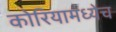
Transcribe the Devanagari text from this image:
कोरियामध्येच